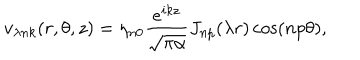
LaTeX: v _ { \lambda n k } ( r , \theta , z ) = \eta _ { n 0 } \frac { e ^ { i k z } } { \sqrt { \pi \alpha } } J _ { n p } ( \lambda r ) \cos ( n p \theta ) { , }